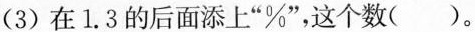
(3)在1.3的后面添上”%”，这个数( )。